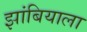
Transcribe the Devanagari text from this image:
झांबियाला